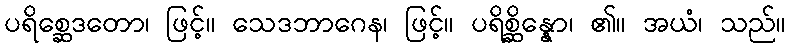
ပရိစ္ဆေဒတော၊ ဖြင့်။ သေဒဘာဂေန၊ ဖြင့်။ ပရိစ္ဆိန္နော၊ ၏။ အယံ၊ သည်။